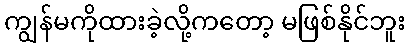
ကျွန်မကိုထားခဲ့လို့ကတော့ မဖြစ်နိုင်ဘူး